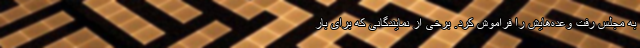
به مجلس رفت وعده‌هایش را فراموش کرد. برخی از نمایندگانی که برای بار